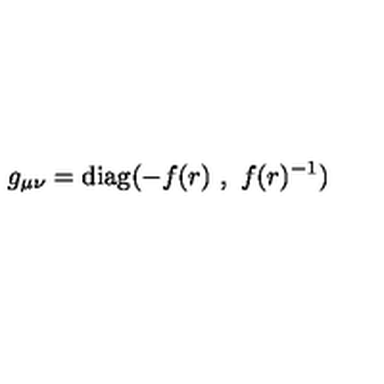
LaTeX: g _ { \mu \nu } = \mathrm { d i a g } ( - f ( r ) \ , \ f ( r ) ^ { - 1 } )